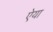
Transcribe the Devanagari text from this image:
ऐया